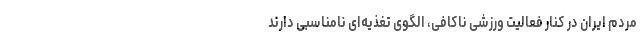
مردم ایران در کنار فعالیت ورزشی ناکافی، الگوی تغذیه‌ای نامناسبی دارند